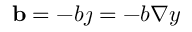
\mathbf { b } = - b \boldsymbol { \jmath } = - b \nabla y